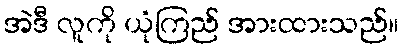
အဲဒီ လူကို ယုံကြည် အားထားသည်။